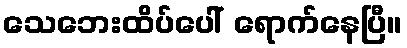
သေဘေးထိပ်ပေါ် ရောက်နေပြီ။